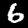
Digit: 6